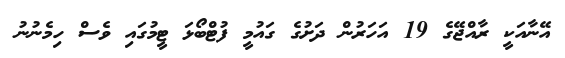
އޭނާއަކީ ރާއްޖޭގެ 19 އަހަރުން ދަށުގެ ގައުމީ ފުޓްބޯޅަ ޓީމުގައި ވެސް ހިމެނުނު